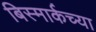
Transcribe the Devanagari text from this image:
बिस्मार्कच्या